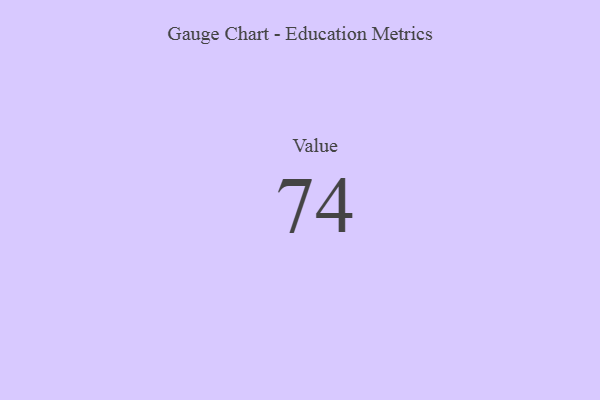
{"axis": {"x": "Metric", "y": "Value"}, "legend": [""], "data": [{"x": "Value", "y": 74, "type": ""}]}